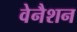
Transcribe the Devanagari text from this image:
वेनैशन